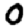
Digit: 0